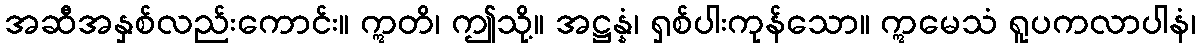
အဆီအနှစ်လည်းကောင်း။ ဣတိ၊ ဤသို့။ အဋ္ဌန္နံ၊ ရှစ်ပါးကုန်သော။ ဣမေသံ ရူပကလာပါနံ၊